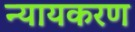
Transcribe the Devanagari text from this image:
न्यायकरण